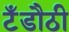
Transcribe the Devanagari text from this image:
टँडौठी